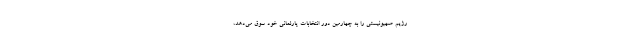
رژیم صهیونیستی را به چهارمین دور انتخابات پارلمانی خود سوق می‌دهد،